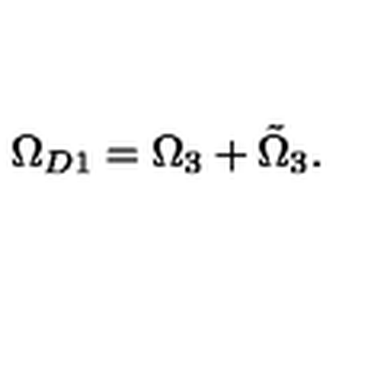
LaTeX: \Omega _ { D 1 } = \Omega _ { 3 } + \tilde { \Omega } _ { 3 } .